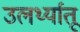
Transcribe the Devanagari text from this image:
उलर्थ्यातू